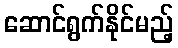
ဆောင်ရွက်နိုင်မည့်